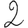
Digit: 2